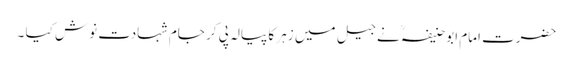
حضرت امام ابوحنیفہؒ نے جیل میں زہر کا پیالہ پی کر جام شہادت نوش کیا ۔